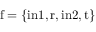
\mathrm { f } = \{ \mathrm { i n } 1 , \mathrm { r } , \mathrm { i n } 2 , \mathrm { t } \}